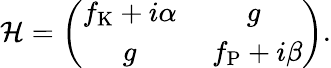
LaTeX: \mathcal{H}=\left(\begin{array}{cc}{f_{\mathrm{K}}+i\alpha}&{g}\\ {g}&{\ f_{\mathrm{P}}+i\beta}\end{array}\right).